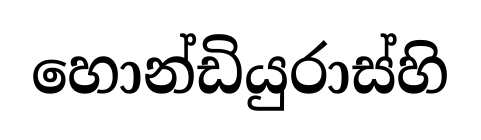
හොන්ඩියුරාස්හි